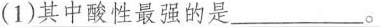
(1)其中酸性最强的是___。